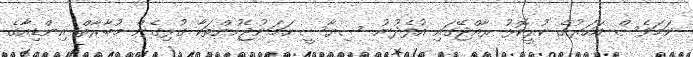
ނަމަވެސް އަހަރުގެ ކުރީކޮޅު ރާއްޖޭގައި އުފެދުނު ސިޔާސީ ހަމަނުޖެހުންތަކާ ގުޅިގެން މުބާރާތް އިންޑިއާގެ